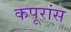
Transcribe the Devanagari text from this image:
कपूरांस